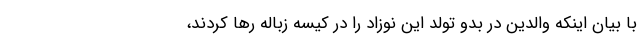
با بیان اینکه والدین در بدو تولد این نوزاد را در کیسه زباله رها کردند،